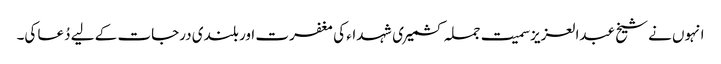
انہوں نے شیخ عبدالعزیزسمیت جملہ کشمیری شہداء کی مغفرت اور بلندی درجات کے لیے دُعا کی۔